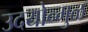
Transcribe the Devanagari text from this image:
उदयोन्मुळ